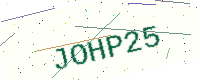
Text: JOHP25